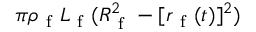
\pi \rho _ { \mathrm { ~ f ~ } } L _ { \mathrm { ~ f ~ } } ( R _ { \mathrm { ~ f ~ } } ^ { 2 } - [ r _ { \mathrm { ~ f ~ } } ( t ) ] ^ { 2 } )